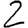
Digit: 2